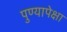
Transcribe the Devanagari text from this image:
पुण्यापेक्षा